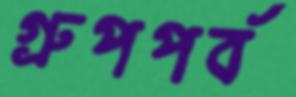
গ্রুপপর্ব